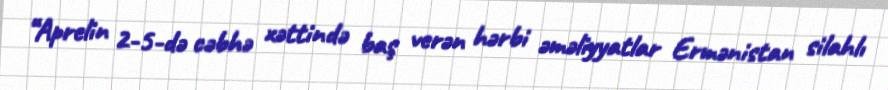
“Aprelin 2-5-də cəbhə xəttində baş verən hərbi əməliyyatlar Ermənistan silahlı